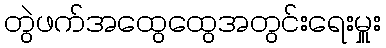
တွဲဖက်အထွေထွေအတွင်းရေးမှူး